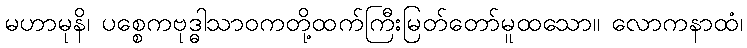
မဟာမုနိ၊ ပစ္စေကဗုဒ္ဓါသာဝကတို့ထက်ကြီးမြတ်တော်မူထသော။ လောကနာထံ၊